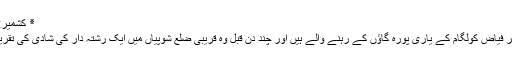
٭ کشمیر:فوجی کیمپ پر حملے میں تین انڈین فوجی ہلاک
فوجی ترجمان کرنل راجیش کالیا کے مطابق عمر فیاض کولگام کے یاری پورہ گاؤں کے رہنے والے ہیں اور چند دن قبل وہ قریبی ضلع شوپیاں میں ایک رشتہ دار کی شادی کی تقریب میں شمولیت کے لیے رخصت پر گئے تھے۔